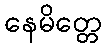
နေမိတ္တေ